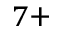
^ { 7 + }